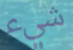
شيء